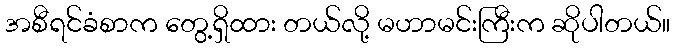
အစီရင်ခံစာက တွေ့ရှိထား တယ်လို့ မဟာမင်းကြီးက ဆိုပါတယ်။